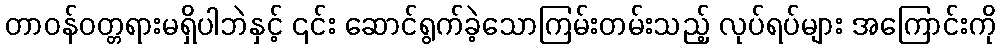
တာဝန်ဝတ္တရားမရှိပါဘဲနှင့် ၎င်း ဆောင်ရွက်ခဲ့သောကြမ်းတမ်းသည့် လုပ်ရပ်များ အကြောင်းကို